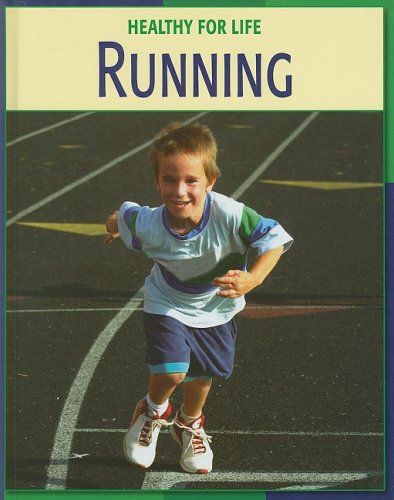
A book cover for Running (Healthy for Life); Ellen Lebrecque; Children's Books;